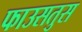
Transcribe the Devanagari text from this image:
फाउसतुस